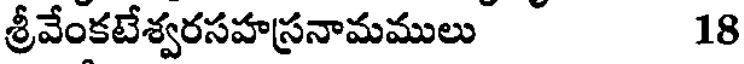
శ్రీవేంకటేశ్వరసహస్రనామములు 18